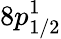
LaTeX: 8p_{1/2}^{1}